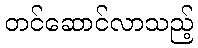
တင်ဆောင်လာသည့်